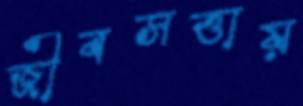
জীবসত্তায়